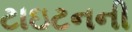
ટાઇટનની